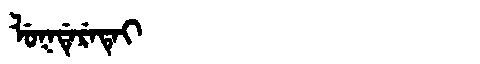
Manchu: ᠯᡠᡴᡩᡝᡵᡝᡨᡝᡳ
Romanization: LUKDERETEI